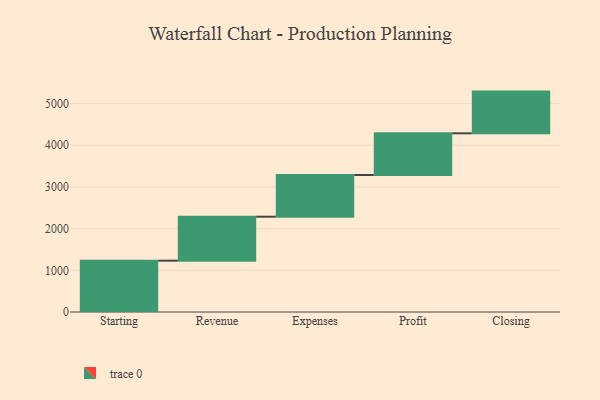
{"axis": {"x": "Step", "y": "Value"}, "legend": [""], "data": [{"x": "Starting", "y": 1231.0, "type": ""}, {"x": "Revenue", "y": 1054.0, "type": ""}, {"x": "Expenses", "y": 1000, "type": ""}, {"x": "Profit", "y": 1000, "type": ""}, {"x": "Closing", "y": 1000, "type": ""}]}